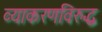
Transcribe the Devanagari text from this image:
व्याकरणविरुद्ध